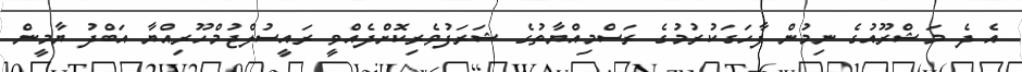
އެ ދެ މަޝްރޫއުގެ ނިމުން ފާހަގަކުރުމުގެ ރަސްމިއްޔާތުގެ ޝަރަފުވެރިކޮށްދެއްވީ ރައީސުލްޖުމްހޫރިއްޔާ އަބްދު ޔާމީން